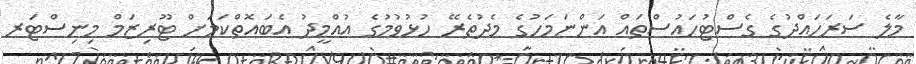
މާލެ ސަރަހައްދުގެ ގެސްޓުހައުސްތައް އަންނަމަހުގެ މެދުތެރޭ ހުޅުވުމުގެ އުއްމީދު އެބައޮތްކަމަށް ޓޫރިޒަމް މިނިސްޓަރ